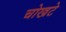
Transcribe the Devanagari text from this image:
चोखटे